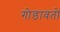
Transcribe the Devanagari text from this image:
गोडावतो